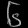
Digit: ၆